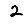
Digit: 2